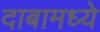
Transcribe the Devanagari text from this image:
दाबामध्ये